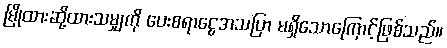
မြိုထားဆို့ထားသမျှကို ပေးစရာငွေအသပြာ မရှိသောကြောင့်ဖြစ်သည်။